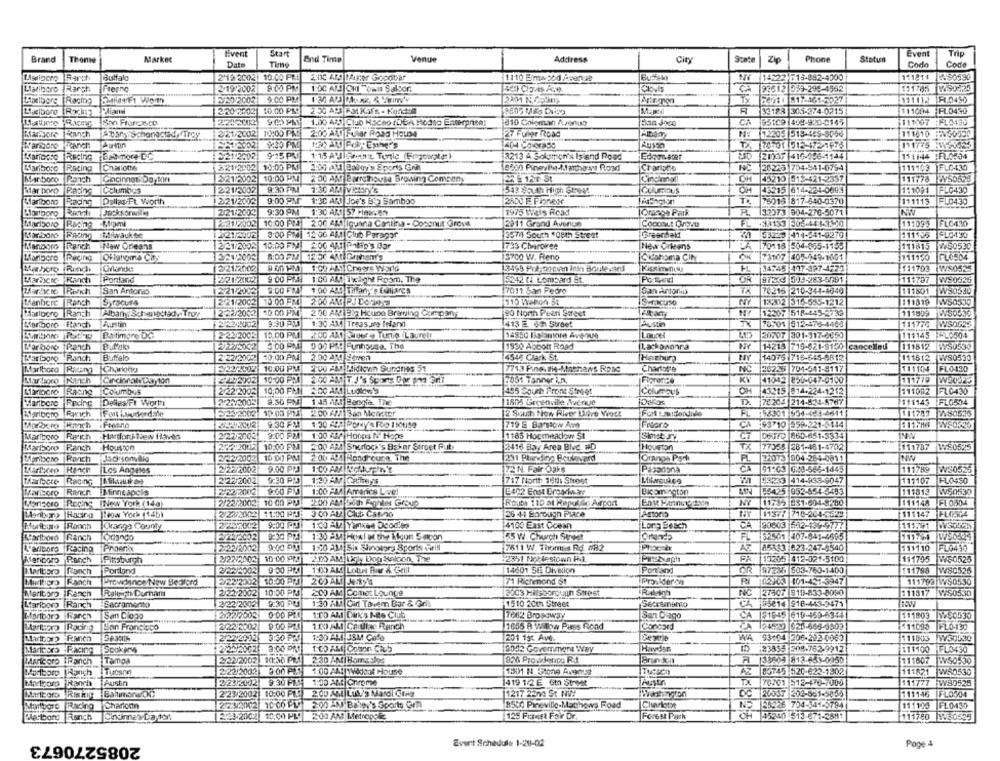
tivent
Start
Event
Trip
Brand
Thenwe
Market
End Time
Venue
Address
City
State
Phone
Status
Date
Time
Codo
Parchi
Buffalo
2/19 2002 10.00 PM
2:00 AM Mutter Gocobar
1V 14223 515-882-4300
111811
Lariboro Rarch
Freano
2/19/2002
9:00 PM
1:00 AM OM Town Salsor.
14en Ciais Ace
Clovis
CA 93612 559-295-4562
131745
W90125
F/20/20021
9:00 PM
1x 24010 817-461-5327
11111/2 F.0450
2 20 20021 10.00 PM
2 50 ADJ FM. KAS - Konasa
F 33183 305-274-0215
$11094 FL0430
Latjene Racme San Francisco
1.00 AND Club HoCho IDEA Modto Enterprice:
810 Coleman Aalloo
San Joco
CA 93109 448-923-0145
111567 FLO135
MarsJore
Ranch
221/2002 10:00 PAS
2:00 AND FUNIr Road House
27 Fuller Road
NY 12209 518-149-8056
111610 HIN30500
Franch Austin
812002
TX 70701 512-172-1678
131775 HWY29063
Racing Bal more DC
221-2002
9'15 PV 115 AUSkatt Tonle (Fmgoangte)
3213 A Solomon's Island Road
Edonatet
230 21337 416-486-1144
111144 :F1.0554
Kariboro
Racing
Chalots
Ex-1/2002
10:00 PM|2:00 AM Balltry's Sports Grill
Chariots
NC 20223 704-541-0754
111103 FL0430
Man boro Panch
CincinnatiDay kw
E921/2002
10:00 PM |2:00 AM Barrethouse Browing Company
Cincinel
OH
45210 515-421-2337
111778 WY50628
Marixvo
Columbus
221/2002
9:30 FM
7:30 AM VICKYY'S
513 South High Street
OH
45215 614-224-0693
111091 FLC439
Marlboro
Racing
Dallas/Ft. Worth
221/2002
9:00 PM
1:30 AM Joe's B Bamboo
2800 F Pionese
TA
75013 817-540-0370
111115 FL0430
Bortborg
2/21/2009
9:30 PM
1:30 AM 57 100%en
1975 Wels Read
[Orange Park
132373 904-270-5071
Marlboro Racing Bloml
221/2002
10:00 PPA 2:00 4%) Iguana Cirillna - Cozenit Grove
2011 Grand Avenue
COCOALE DroVE
FL 83133 306.44 1-11-10
111093
FLO430
Racing Miwaukee
1221/5002
8:00 PM| 12:00 AM Glut Peragor
3574 South 108th Street
7 53253 414-541-9270
111135
FLO490
Ranch
New Orleans
2/21/2002
10:00 PM 06 451 P-lip's Dar
1733 Charovee
New Orkans
LA 170118 504-055-1155
111815 ₩50530
Marlboro
Racing Oklahoma City
E 21/2003
13700 W. Reno
Čkohoma City
OK 73107 405-049-1001
11190
FLO504
Chandie
9 50 PM| 1:00 AM! Cheers World
Marboro Randlı
2/21/2002
3499 Pol poovin inin Boulevard
PL 14:45 417-387-4229
111703 W50525
Machene Ranch Porland
221/2002
1:00 AM Twlight Room, The
5242 (4 Lombard St.
OR
97363 503-263-5091
111787
WE0G26
San Antonio
9:00 FIN
1:00 AND Tiffany's Euliares
7011 San Fedre
San Antonio
TA
76216 210-344-4646
12 21/2002
119801
Manbere |Ranch Syracurs
2/21/2002
10:00 PM
NY
18202 315-555-1212
111819 WS0539
2 22/2002
10.00 PM
200 AMI ER: Hcune Brewing Company
20 North Piati Sareet
12207 518-445-2732
111999
Marlboro
Ranch Albany: Schandeted, Troy
Ranch Austin
2/222002
9:30 PM
1:30 AM|Treasure Island
413 E 621 Street
70501 513-478-4960
111776 WSOG25
Buriboro Pochy Baltimore DO
2-22/2002
10.00 PM
200 AND Stuer e Turto Laurell
14850 Bozunre Avenue
Lougel
20007 301-317-6650
111145 FL0504
Warboro Ranch
2236002
1930 Abbott Road
Lackononra
14218 716-821-8100 cancelled
111812 W50530
Barboro Ranch
Buffalo
2-22/2002
10:00 PM
2.00 AM Seven
4546 Clark St.
Hashurg
14075 716-645-6612
111612 WS0530
Marlboro
222/2002
10:00 PM
200 20 HkdichIn Sungmes 51
7713 Pine. 14-Masnaws Rosc
Charlot's
INC
223225 704-541-9117
111104
FLO430
10:00 PM
7051 Tanner i.n.
KY
41042 830-047-0100
111779
Raeng Columbus
2/22/2002
10,00 FN| 2:00 AM Ludlow's
495 South Prone Street
Columaus
OH 43215 814-224-1212
111092
FLO430
Maribore Rodine Delles/Ft Worth
2:27/2002
1803 Greenville Avenue
70204 214-834-8787
111143 FLO504
Frich Foot lyderdie
10:03 PM4
200 421 Ban Menter
2 South thew River Live Vioet
FL 196301 954-183-4641|
111783 W80535
9:30 PM
1:30 AA Pony's Fo 11ou19
719 E Barstow Ave
CA 93710 959-221-3144
9:00 PM
1:00 47 Horas N' Hops
CT
06JTD 660-651-3334
NNV
Marlboro Ranch Hartford New Havia
2/222003
1185 Hocmeadow 51
Simet Ty
Marlboro Ranch Houston
278-2002
10:00 PM
2:00 AM Sherlock's Baker Street Pub
2416 Bay Area Bloc D
Houston
TX
77055 281-461-4702
:111787
1480525
18 :00 PM
2 0041 Rondroura, The
Orange Park
R
tipribero Ranch
2/22/2003
21073 004-264-0811
Los Angeles
2/22/2002
9.00 PM
1:00 AM WYGNUF'n's
72 N Fair Oaks
Pasadona
CA
51.03 G:28-565-1445
111789 WS0535
2/22/2002
9:30 PM
53233 414-933-9047
111107
FLO450
Marioere
717 North Jeli Sheet
Ranch Minneapolis
2/22/22002
$:00 PM
1:00 AM Americe Live
E402 Enst Broadway
Bicomington
55425 953-854-3493
111813
W50530
Marcoro Pocine |New York (14a)
2/23/2002 10 00 PMJ
200 AM Sin Fonter Group
Route 110 st Repollo Airport
Ent Fanning 230
NY
11735 881-694-8380
111140 FL 004
leow York (14b)
2/272003
11:00 PLI
26 41 Borough Place
Astoria
11577 718-204-2529
111147
Rooch
POranga County
2/232002
9:00 PM
ECO ALZ Yorket Deodies
4100 East Ocean
Long Beach
CA 90003 642-134-5777
111/91
Marlboro
Ranch
Korando
1:30 AM Hoxl of the iijun Saicon
55 W. Church Street
FL 52501 407-841-4695
111794 W50:05
Sariboro
IFcacino
Phoenix
223/2002
150 AMI Six Shospry Sports Grill
7511 W. Thomas Rd #82
AZ 65533 023-247-8540
111110
FL0490
Punch
Pittsburgh
2/22/2003
:2351 Noblestown Få.
PA
|13205 412-021-5100
111795
W50525
Marlboro ranch
Portland
2/22/2002
9:00 PM |1500 ALL Lohnt Bar & Grill
14601 SE Division
Portland
OR 97236 503-760-1400
111798 W80526
Multicpo Ranch
-rowdiince New Bedford
222/2002
10:00 PM 200 ALL MAX!
71 Richmond St
Frosider on
RI 02903] 401-431-3947
111792 W50530
Meriboro Ranch
Raleigh Durham
2/22/2002
10:00 PM
2:00 AM Comot Lounge
B003 Hillsborough Street
NC 27507 919-833-8090
211317 WAS0530
Ralein
Marlboro Ranch
Sacramento
2/22/2002
9:30 PM
1:30 ATl Cid Tovem Bar & Grill
1510 20th Street
Secesmento
CA 85814 918-443-3471
Mortbor>
Ranch
San Ciona
2122/2003
1:20 AM Dark's Nie Club
7962 Broadway
San Clago
CA #1645 619-159-6341
111803 M/S0530
Racing
Ban Frongioco
2/22/2002
9:00 PM
1.00 AM Cetllac Ranch
1865 B Wilow Pass Road
Concord
CA 194520 025-685-9902
11098 FL6-130
Maribor? Ranen
201 15: Av.
WA 93104 206-222-0063
111803 W50530
3:00 PM
Havdsn
Maritses Racing
2/202002
8052 Goverment Way
ID -23855 308.762-9912
111100 FL0430
Maricoro Ranch Tampa
222/2002
10:30 PM| 30 AM|Bomcks
0200 Providence RJ
A 3360- 813-653-0050
111607
2.22/2002
3:00 PM
W50530
Marlboro Ranch Tucson
1:00 AM! Wildcat House
1901 N. Stone Av9msz
TutaCO
AZ 85745 520-622-1302
111821
Marlboro
Ranch |Austin
2/23/2002
9.30 FIC
1:30 AM Chrome
419 1/2 E Gh Street
Austin
TX 76301 512-470-7005
111777 W89525
Riskig Baltimore/DC
10:00 PI !!
2.00 AM|Lub.'s Mardi Gtag
Marlboro
2/23/2002
1217 2200 St NW!
DC 20087 206-861-5854
111146
FLO304
Marlboro
Racino Charlona
22:42002
200 AM Blev's Sporto Crn
8500 Pineville-Machows Foad
Charlotte
NO 25:26 704-941-6794
111123 FL0430
2-23-2002
10.00 PL
200 AMI Metropole
125 Forest Fair Dr
Forest Pack
OH 45240 513-671-2581
111780 W50525
Ranch
Chunney Da ton
2085270673
Event Schedule 1-20-02
Pope 4